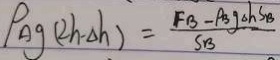
\rho _ { \Delta g } ( 2 h _ { - } \Delta h ) = \frac { F _ { B } - P _ { B } g \Delta h S _ { B } } { S _ { B } }